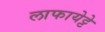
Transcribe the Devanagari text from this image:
लाफायेट्टे